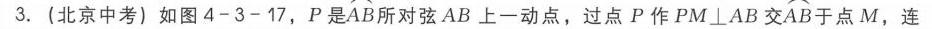
3. (北京中考) 如图4 - 3 - 17，\(P\)是\(\overset{\frown}{AB}\)所对弦\(AB\)上一动点，过点\(P\)作\(PM\perp AB\)交\(\overset{\frown}{AB}\)于点\(M\)，连